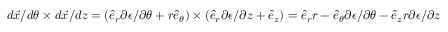
d \vec { x } / d \theta \times d \vec { x } / d z = ( \hat { e } _ { r } \partial \epsilon / \partial \theta + r \hat { e } _ { \theta } ) \times ( \hat { e } _ { r } \partial \epsilon / \partial z + \hat { e } _ { z } ) = \hat { e } _ { r } r - \hat { e } _ { \theta } \partial \epsilon / \partial \theta - \hat { e } _ { z } r \partial \epsilon / \partial z